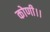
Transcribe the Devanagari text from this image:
कोणी।।